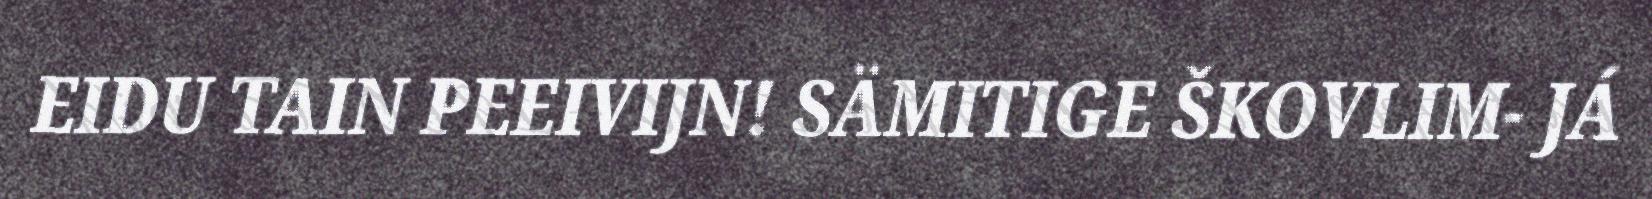
EIDU TAIN PEEIVIJN! SÄMITIGE ŠKOVLIM- JÁ